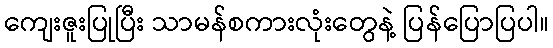
ကျေးဇူးပြုပြီး သာမန်စကားလုံးတွေနဲ့ ပြန်ပြောပြပါ။